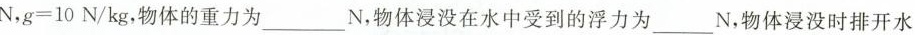
N $$N,g=10N/k_{g}$$ ，物体的重力为_N，物体浸没在水中受到的浮力为_N，物体浸没时排开水